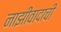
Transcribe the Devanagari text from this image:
नाझीवादाची